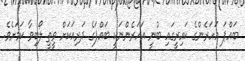
ބައްޕަ އަހަރެންގެ ކައިރީގައި ބުނީ އަހަރެންނަކީ ބައްޕަގެ ދަރިއަކަށް ވީތީ ލޯބިވާ ކަމަށެވެ.